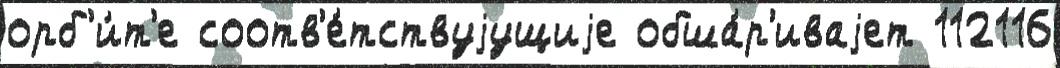
орб'и́т'е соотв'е́тствуjущиjе обша́р'иваjет 112116